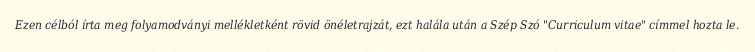
Ezen célból írta meg folyamodványi mellékletként rövid önéletrajzát, ezt halála után a Szép Szó "Curriculum vitae" címmel hozta le.